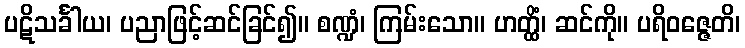
ပဋိသင်္ခါယ၊ ပညာဖြင့်ဆင်ခြင်၍။ စဏ္ဍံ၊ ကြမ်းသော။ ဟတ္ထိံ၊ ဆင်ကို။ ပရိဝဇ္ဇေတိ၊